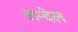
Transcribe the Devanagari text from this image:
रान्देल